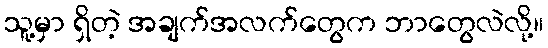
သူ့မှာ ရှိတဲ့ အချက်အလက်တွေက ဘာတွေလဲလို့။